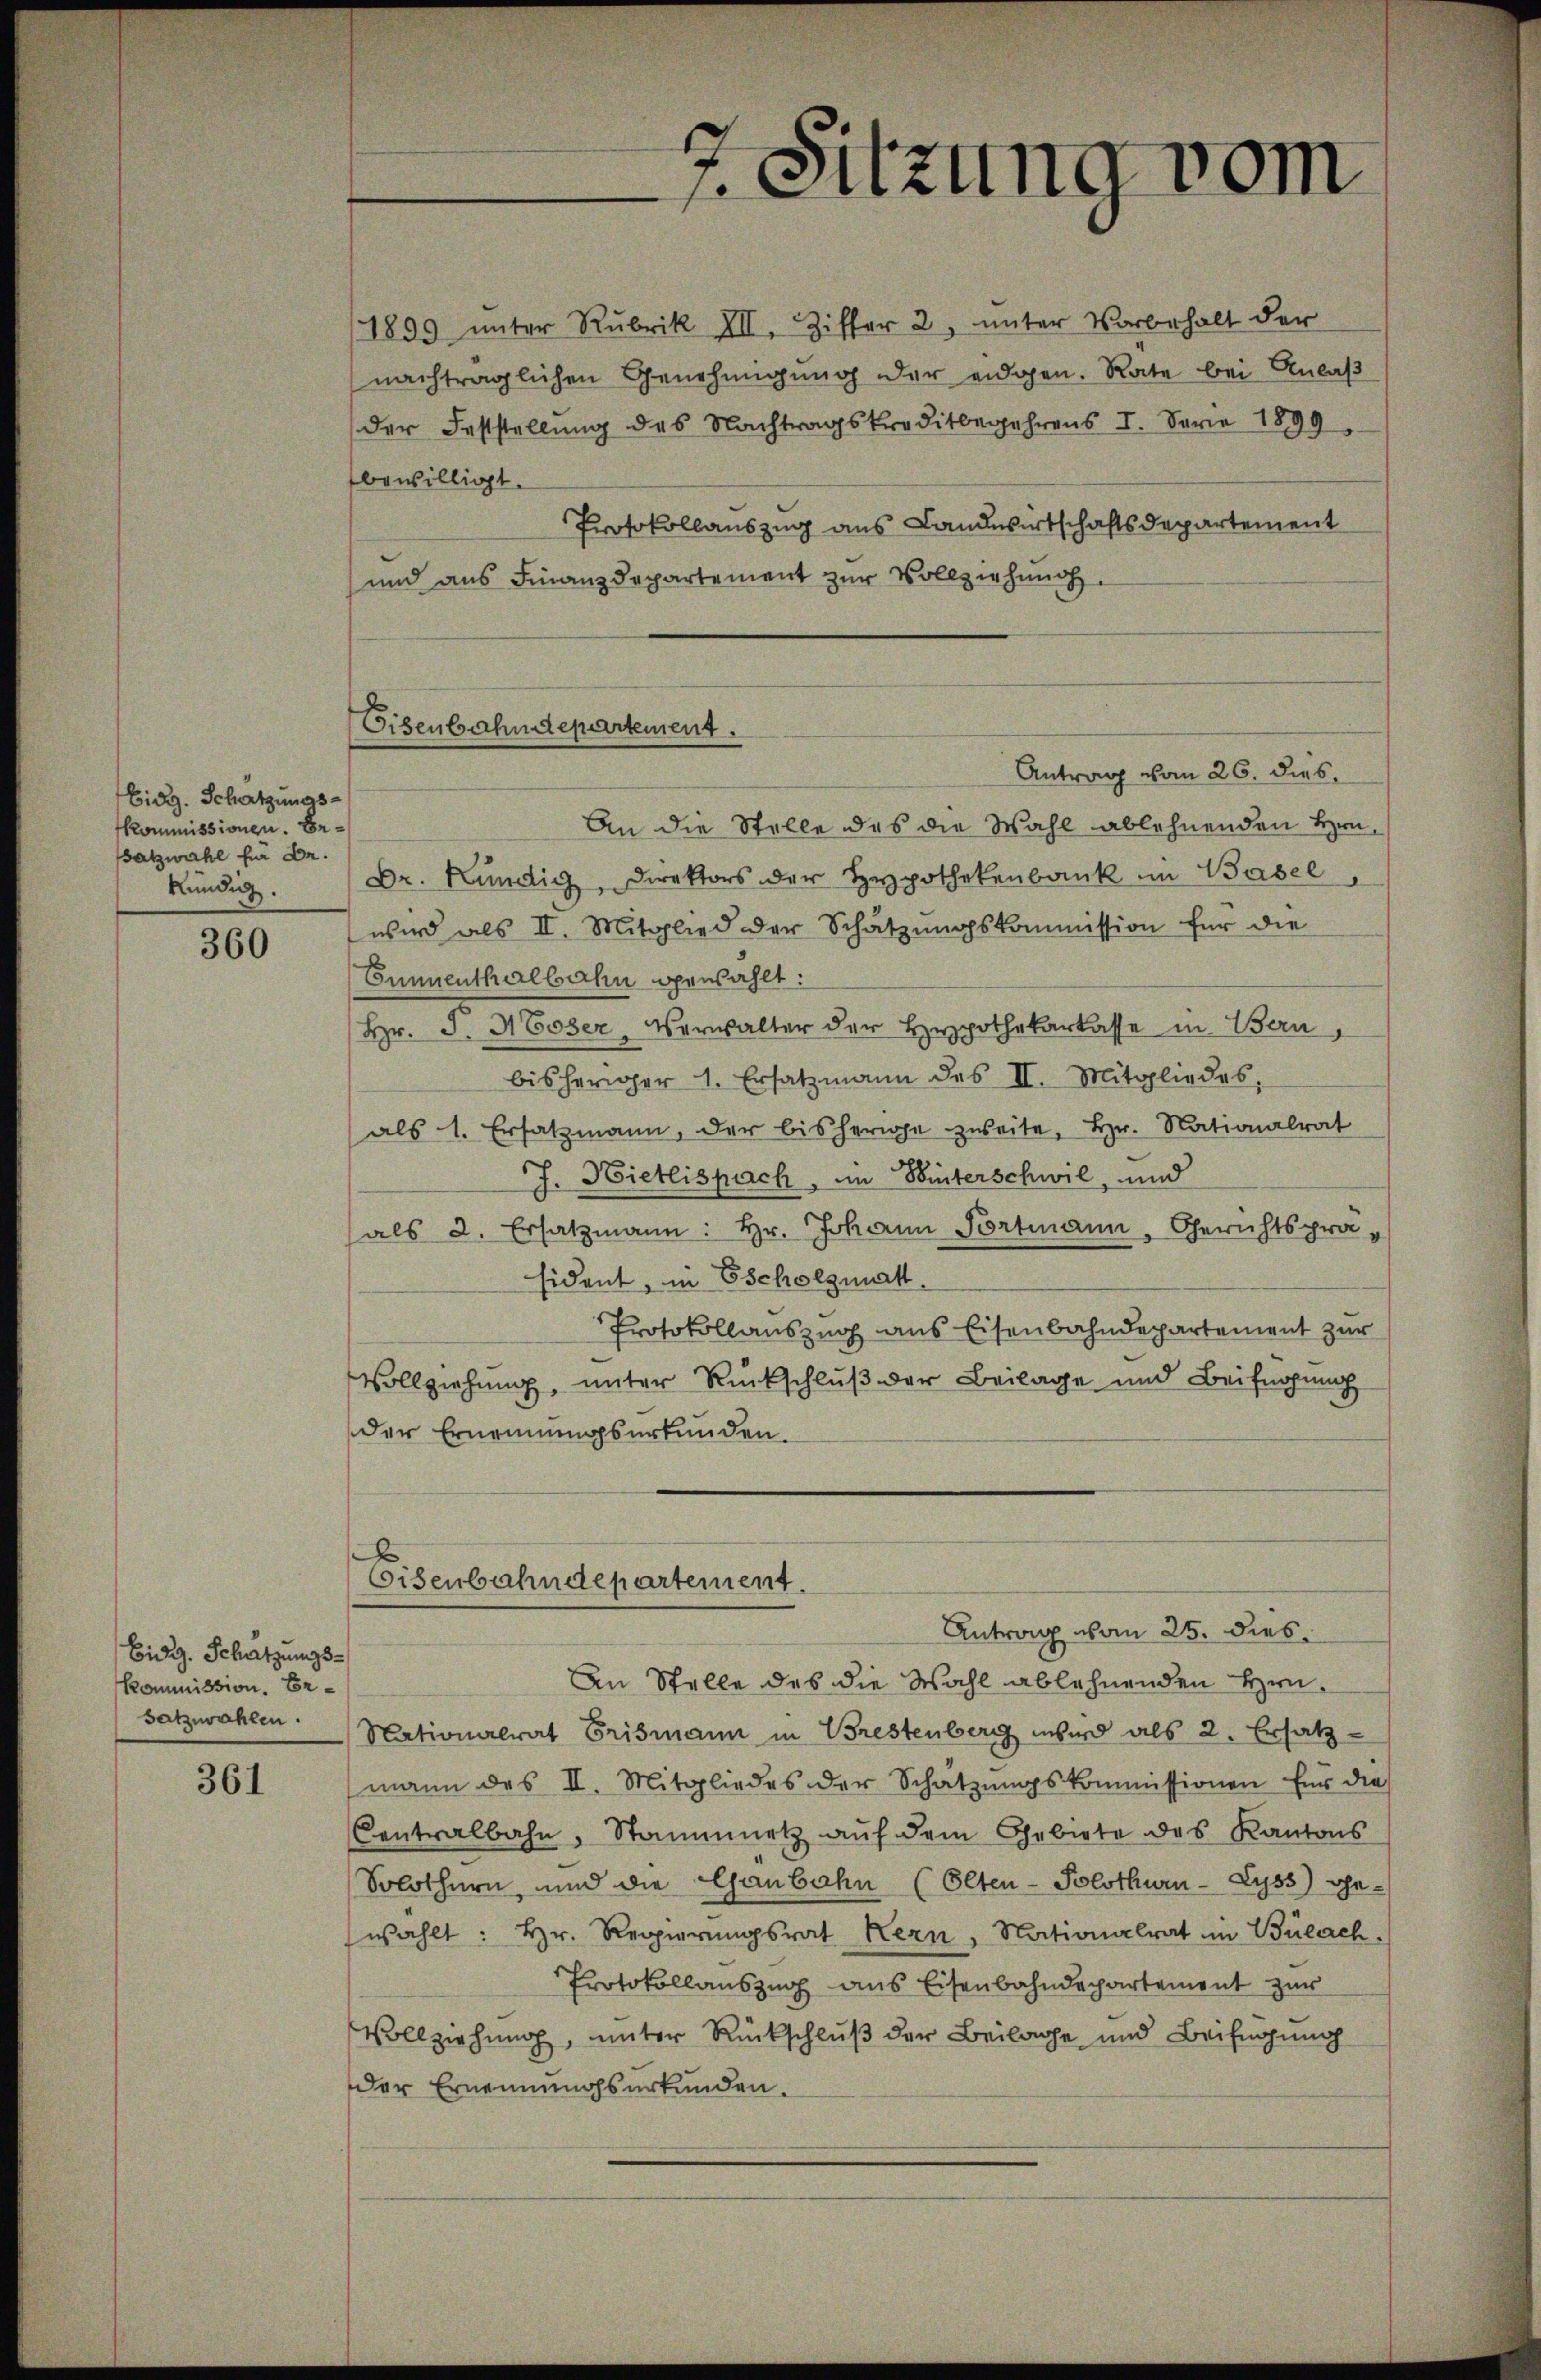
Eidg. Schätzungsfkommissionen. Besatzwahl für Dr.
kündig.

360

Eid. Schatzungs¬
Kommission. Ersatzwahlen.

361

1899 ŭnter Rubrik XII. Ziffer 2, ŭnter Vorbehalt der
nachträglichen Genehmigung der eidgen. Rate bei Anlaß
der Feststellung des Nachtragskreditbegehrens I. Serie 1899
bewilligt.
Protokollauszug aus Landwirtschaftsdepartement
und aus Finanzdepartement zur Vollziehung
Antrag vom 26. dies
An die Stelle das die Wahl ablehnenden Hrn
Dr. Kündig, Direktors der Hypothekenbank im Basel,
wird als II. Mitglied der Schatzŭngskommission für die
Emmenthalbahn gewählt:
Hr. J. Moser Verwalter der Hypothekarkasse in Bern,
bisheriger 1. Ersatzmann des II. Mitgliedes,
als 1. Ersatzmann, der bisherige zweite, hr. Nationalrat
J. Hietlispach, im Winterschwil, und
als 2. Ersatzmann: Hr. Johann Portmann, Gerichtsprasident, in Escholzmatt.
Protokollauszug aus Eisenbahndepartement zur
Vollziehung, unter Rückschluß der Beilage und Beifügung
der Ernennungsurkunden.
.
Eisenbahndepartement.
Antrag vom 25. dies
An Stelle des die Wahl ablehnenden Hrn
Nationalrat Brismann in Brestenberg wird als 2. Ersatz-
mann des II. Mitgliedes der Schatzŭngskommissionen für die
Centralbahn, Stammetz aŭf dem Gebiete des Kantons
Solothurn, und die Ganbahn (Olten - Solothurn - Lyss) gewählt: Hr. Regierungsrat Kern, Nationalrat in Bülach.
Protokollauszug aus Eisenbahndepartement zur
Vollziehung, unter Rückschluß der Beilage und Beifügung
der Ernennungsurkunden.

Eisenbahndepartement.

Sitzung vom